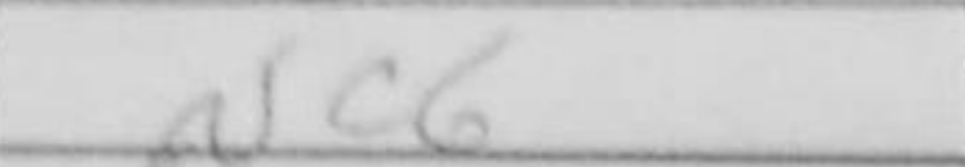
Transcription: Nc6